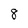
Character: 8